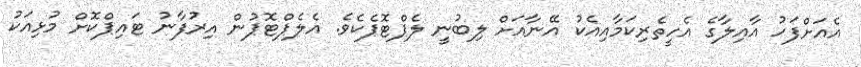
އެއަށްފަހު އާއިލާގެ އެހީތެރިކަމާއިއެކު އޭނާއަށް ލިބުނީ ލެޕްޓޮޕެކެވެ. އެލެޕްޓޮޕުން އިރުފާނު ޓައިޕްކޮށް މުޅިއަކު